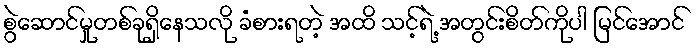
စွဲဆောင်မှုတစ်ခုရှိနေသလို ခံစားရတဲ့ အထိ သင့်ရဲ့ အတွင်းစိတ်ကိုပါ မြင်အောင်